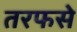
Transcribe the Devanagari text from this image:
तरफसे